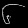
Digit: ၆